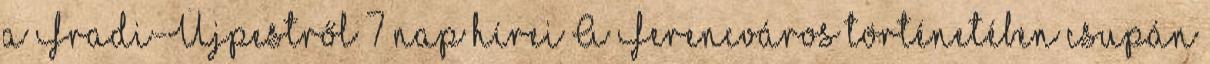
a Fradi-Újpestről 7 nap hírei A Ferencváros történetében csupán